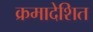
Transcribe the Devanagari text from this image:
क्रमादेशित